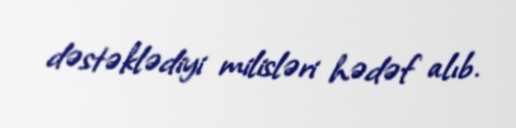
dəstəklədiyi milisləri hədəf alıb.